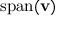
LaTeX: \operatorname { s p a n } ( \mathbf { v } )